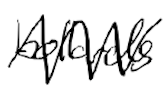
Text: bollards
Cross-out: zig-zag
Writing tool: digital_black